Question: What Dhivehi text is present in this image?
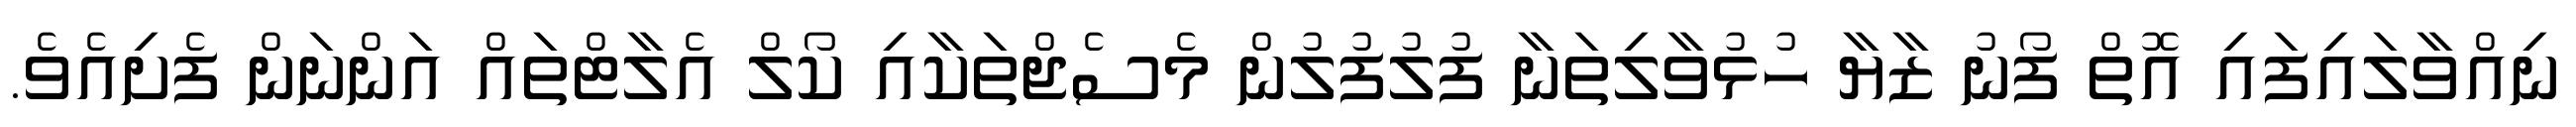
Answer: ނިއްވާލައިފައި އޮތް ފޯނު ޒާޔާ ހުޅުވާލިތަނާ ފުލުފުލުން މެސެޖްތަކާއި ކޯލް އެލާޓްތައް އަންނަން ފެށިއެވެ.